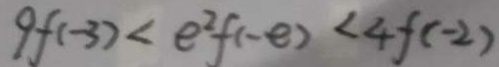
9 f ( - 3 ) < e ^ { 2 } f ( - e ) < 4 f ( - 2 )